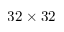
3 2 \times 3 2